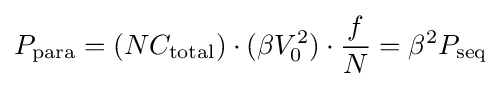
P_{\text{para}}=(NC_{\text{total}})\cdot (\beta V_{0}^{2})\cdot {\frac {f}{N}}=\beta ^{2}P_{\text{seq}}